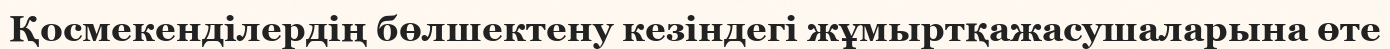
Қосмекенділердің бөлшектену кезіндегі жұмыртқажасушаларына өте